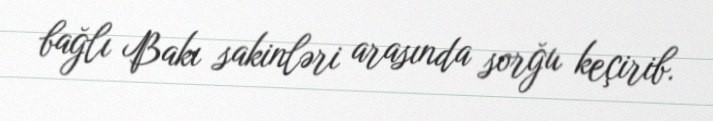
bağlı Bakı sakinləri arasında sorğu keçirib.